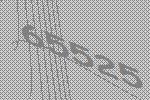
65525